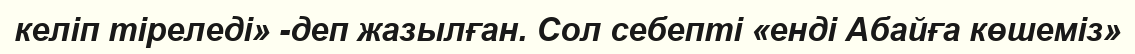
келіп тіреледі» -деп жазылған. Сол ceбeптi «енді Абайға көшеміз»